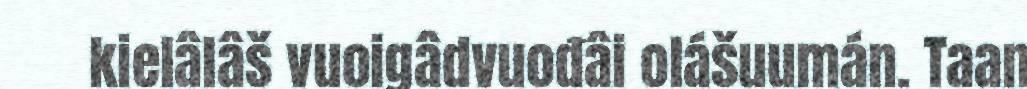
kielâlâš vuoigâdvuođâi olášuumán. Taan